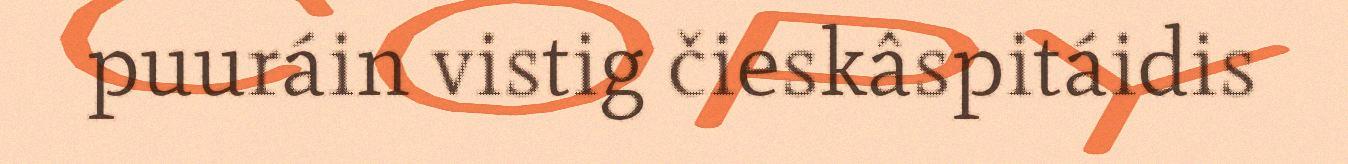
puuráin vistig čieskâspitáidis